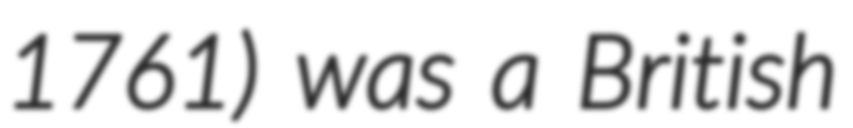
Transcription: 1761) was a British